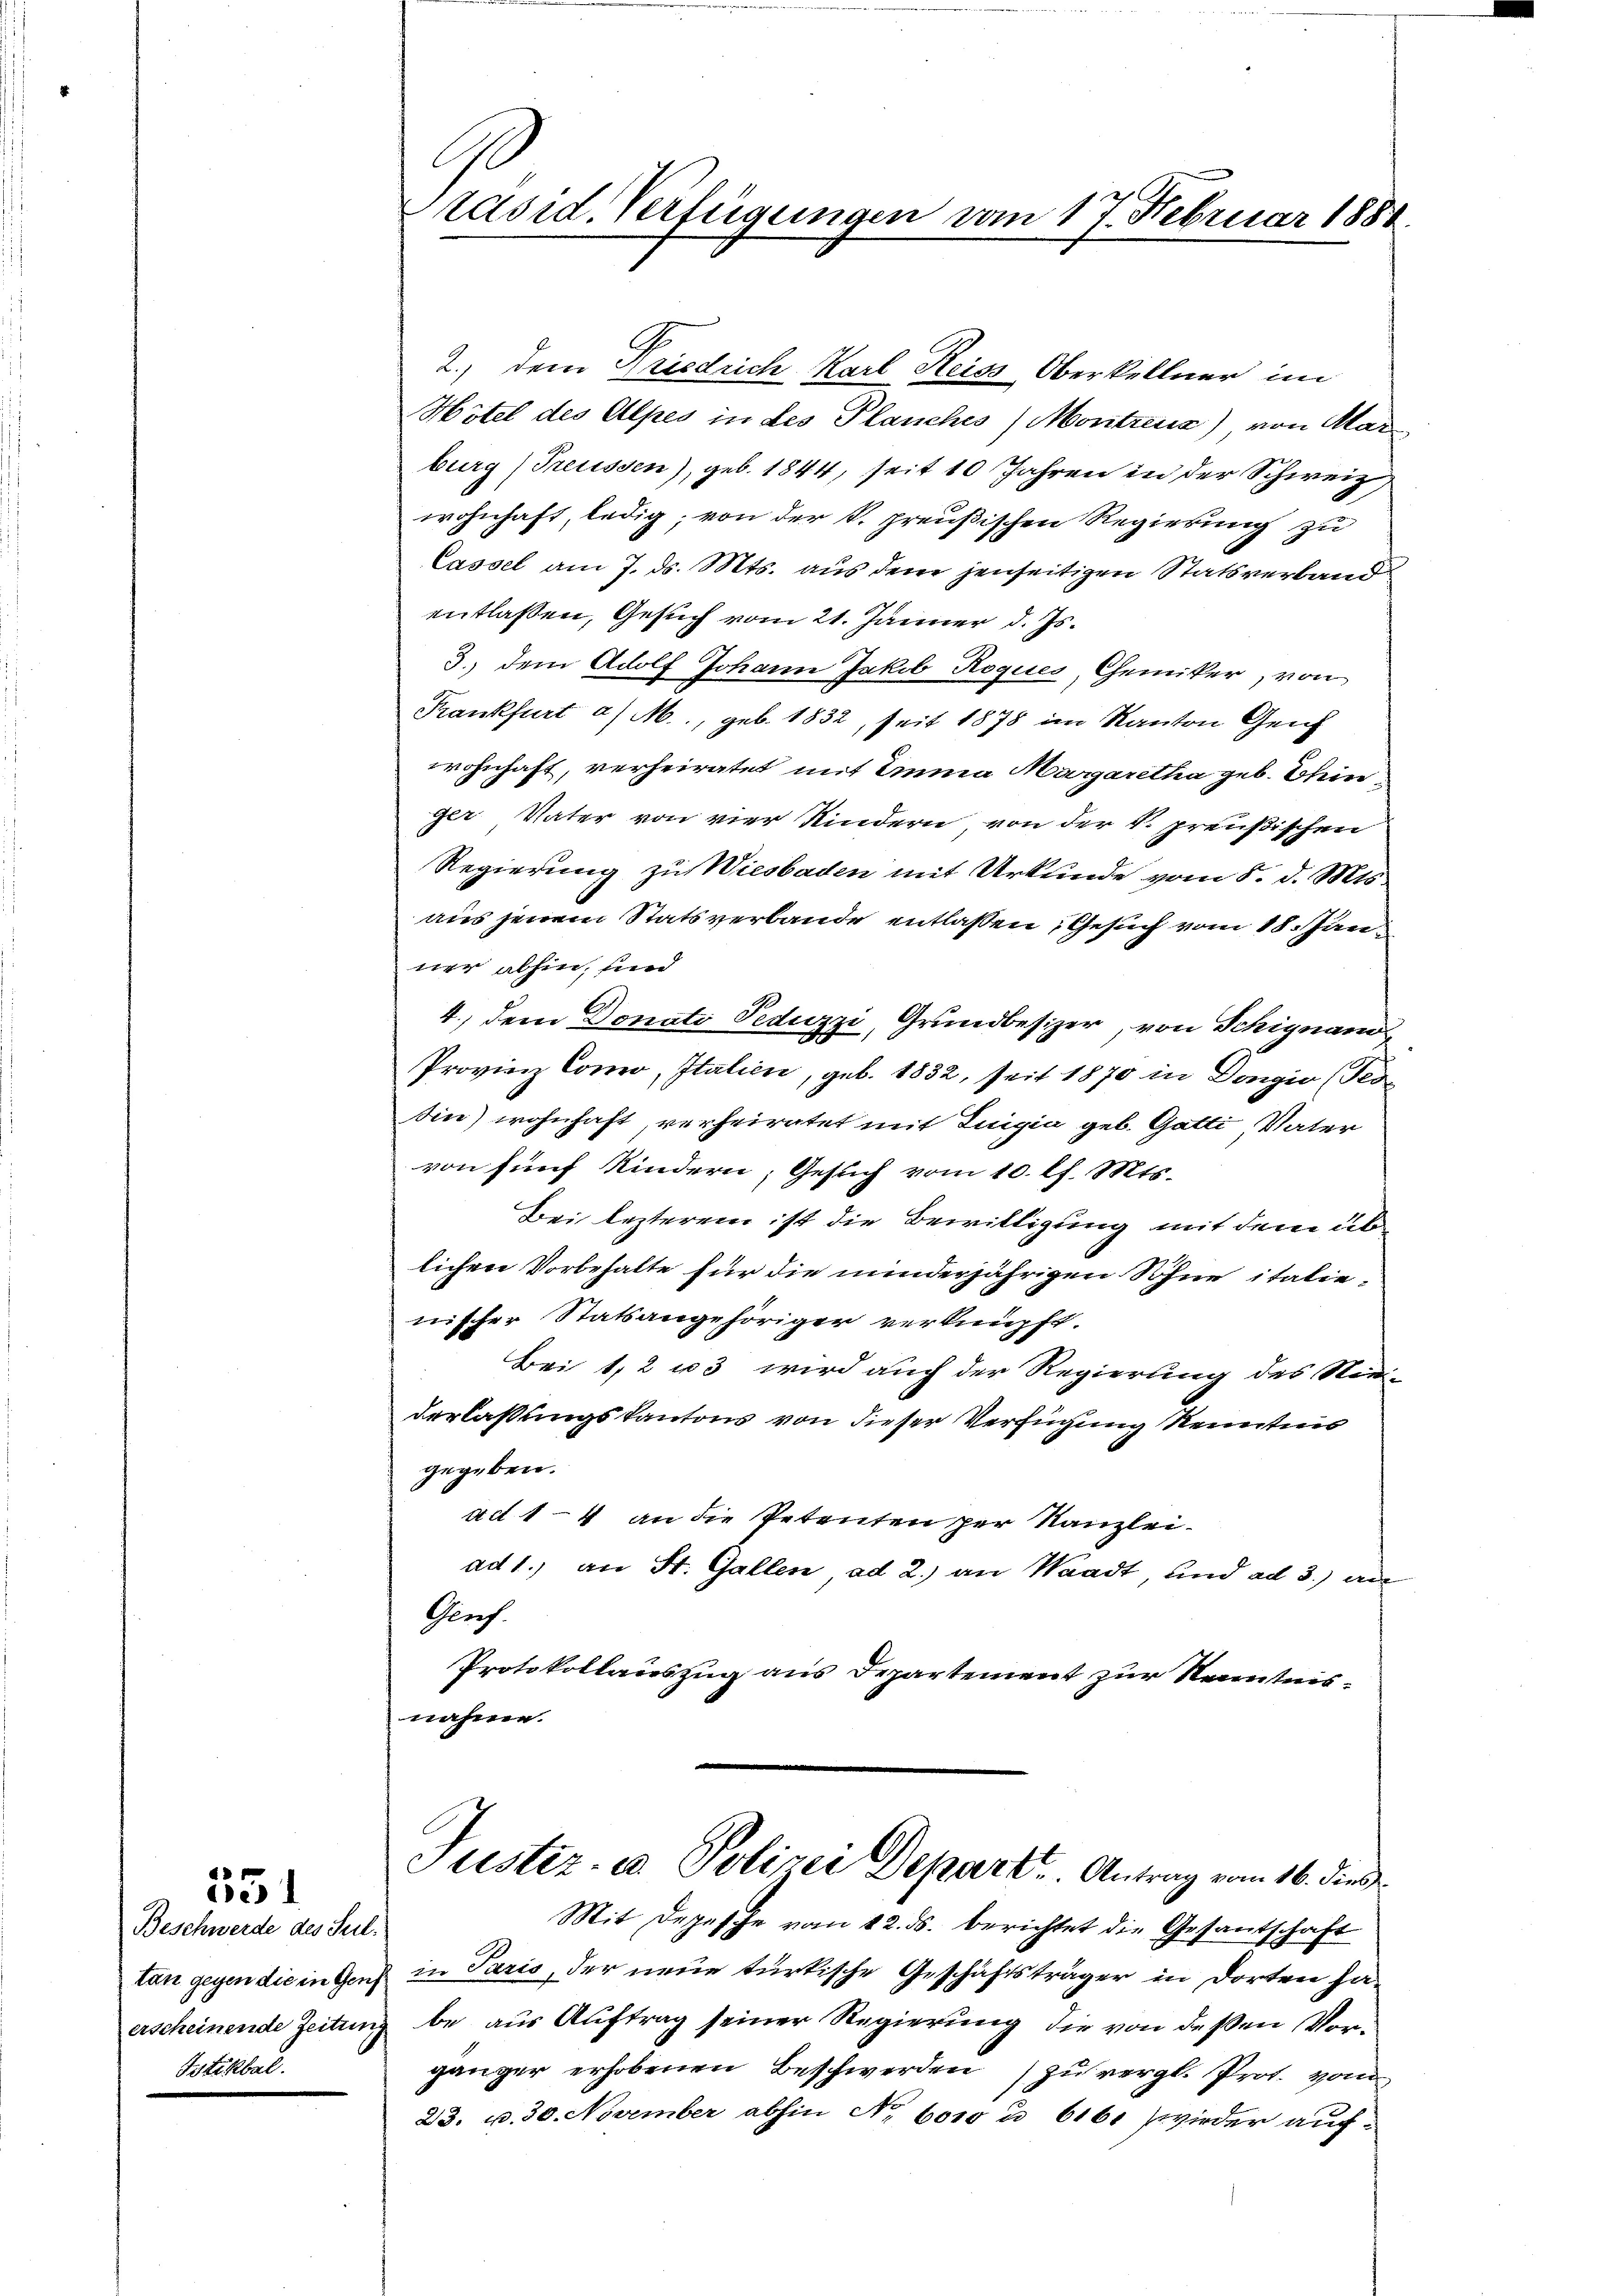
Beschwerde des Seil.
tan gegen die in Genf
erscheinende Zeitung
Bstikbal.

351

räsid. Verfügungen vom 17. Februar 1888.

2.) Dem Friedrich Karl Reiss Oberkellner im
Hotel des Alpes in des Planches Moritzens) von Mar
burg (Treussen), geb. 1844, seit 10 Jahren in der Schweiz,
wohnhaft, ledig; von der S. preußischen Regierung zu
Cassel am 7. ds. Mts. aus dem jenseitigen Statsverband
entlassen, Gesuch vom 21. Jänner d. Js.
3.) Dem Adolf Johann Jakob Roques, Chemiker, von
Krankfurt a/M., geb. 1832, seit 1878 im Kanton Genf
wohnhaft, verheiratet mit Anna Margaretha geb. Einger Vater von vier Kindern von der k. preußischen
Regierung zu Wiesbaden mit Urkunde vom 8. d. Mts.
aus jenem Statsverbande entlaßen, Gesuch vom 18. Jan
ner abhin, und
4.) dem Donati Peduzzi, Grundbesizer, von Schignano
Provinz Como, Italien, geb. 1832, seit 1870 in Dongio (Tes
in) wohnhaft, verheiratet mit Luigia geb. Gatti Vater
von fünf Kindern, Gesuch vom 10. l. Mts.
Bei lezterem ist die Bewilligung mit dem üblichen Vorbehalte für die minderjährigen Sohne italienischer Statsangehöriger verknüpft.
Bei 1, 2 u 3 wird auch der Regierung des Nie-
derlaßungskantons von dieser Verfügung Kenntnis
gegeben.
act 14 an die Petenten per Kanzlei-
ad 1., an St. Gallen ad 2.) an Waadt, und ad 3.) an
Genf.
Protokollauszug aus Departement zur Kenntnisnähme.
Justiz- u Polizei Depart. Antrag vom 16. dies
Mit Depesche vom 12. ds. berichtet die Gesantschaft
in Paris, der neue türkische Geschäftsträger in dorten habe aus Auftrag seiner Regierung die von deßen Vorgänger erhobenen Beschwerden zu vergl. Prot. vom
23. u. 30. November abhin No. 6000 u. 6161 wieder auf-